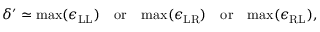
\delta ^ { \prime } \simeq \mathrm { m a x } ( \epsilon _ { \mathrm { L L } } ) \quad \mathrm { o r } \quad \mathrm { m a x } ( \epsilon _ { \mathrm { L R } } ) \quad \mathrm { o r } \quad \mathrm { m a x } ( \epsilon _ { \mathrm { R L } } ) ,